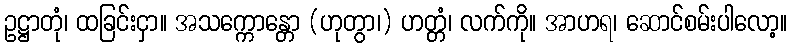
ဥဋ္ဌာတုံ၊ ထခြင်းငှာ။ အသက္ကောန္တော (ဟုတွာ၊) ဟတ္တံ၊ လက်ကို။ အာဟရ၊ ဆောင်စမ်းပါလော့။